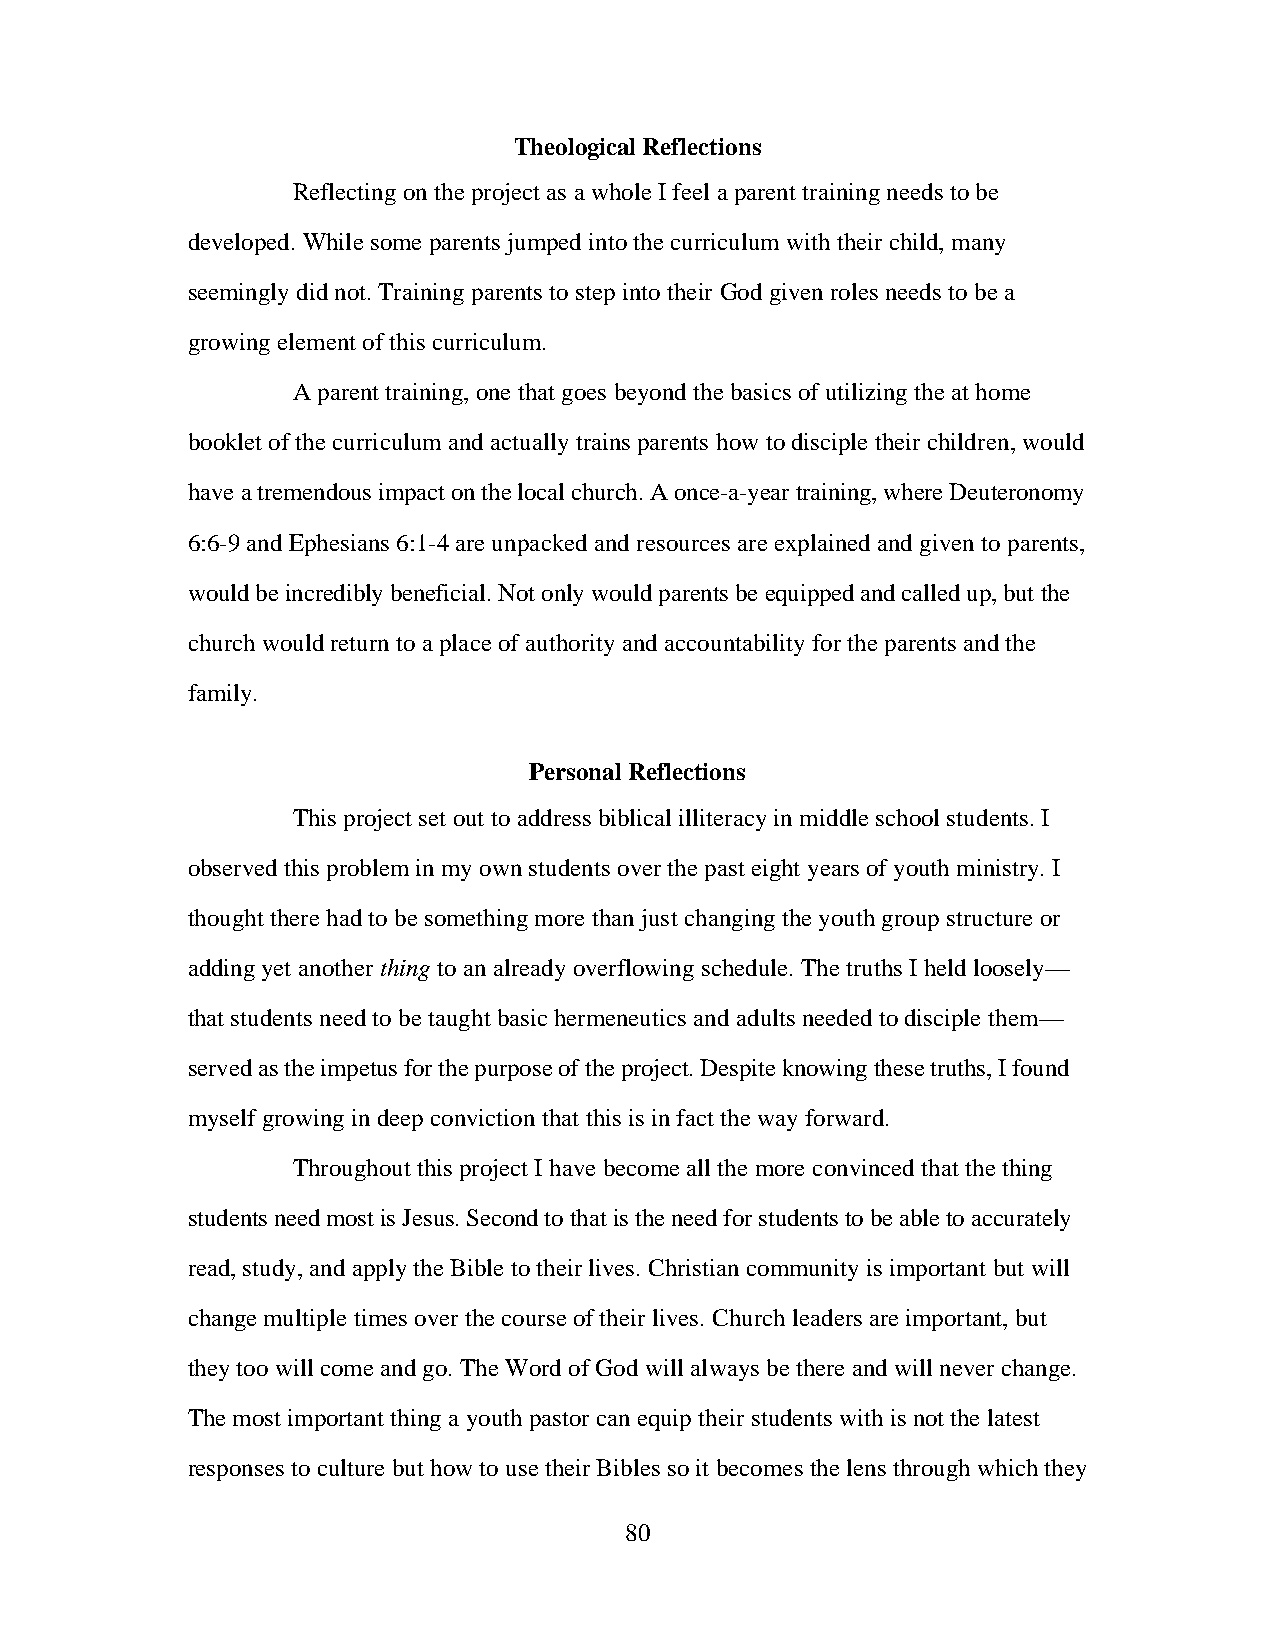
Theological Reflections
 Reflecting on the project as a whole I feel a parent training needs to be
 developed. While some parents jumped into the curriculum with their child, many
 seemingly did not. Training parents to step into their God given roles needs to be a
 growing element of this curriculum.
 A parent training, one that goes beyond the basics of utilizing the at home
 booklet of the curriculum and actually trains parents how to disciple their children, would
 have a tremendous impact on the local church. A once-a-year training, where Deuteronomy
 6:6-9 and Ephesians 6:1-4 are unpacked and resources are explained and given to parents,
 would be incredibly beneficial. Not only would parents be equipped and called up, but the
 church would return to a place of authority and accountability for the parents and the
 family.
 Personal Reflections
 This project set out to address biblical illiteracy in middle school students. I
 observed this problem in my own students over the past eight years of youth ministry. I
 thought there had to be something more than just changing the youth group structure or
 adding yet another thing to an already overflowing schedule. The truths I held loosely—
 that students need to be taught basic hermeneutics and adults needed to disciple them—
 served as the impetus for the purpose of the project. Despite knowing these truths, I found
 myself growing in deep conviction that this is in fact the way forward.
 Throughout this project I have become all the more convinced that the thing
 students need most is Jesus. Second to that is the need for students to be able to accurately
 read, study, and apply the Bible to their lives. Christian community is important but will
 change multiple times over the course of their lives. Church leaders are important, but
 they too will come and go. The Word of God will always be there and will never change.
 The most important thing a youth pastor can equip their students with is not the latest
 responses to culture but how to use their Bibles so it becomes the lens through which they
 80